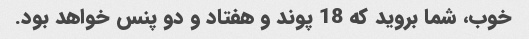
خوب، شما بروید که 18 پوند و هفتاد و دو پنس خواهد بود.